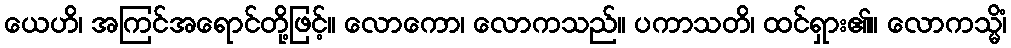
ယေဟိ၊ အကြင်အရောင်တို့ဖြင့်။ လောကော၊ လောကသည်။ ပကာသတိ၊ ထင်ရှား၏။ လောကသ္မိံ၊